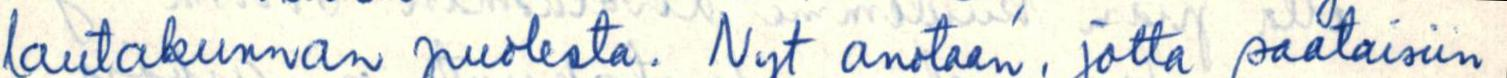
lautakunnan puolesta. Nyt anotaan, jotta saataisiin